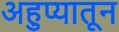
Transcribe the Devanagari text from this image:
अहुप्यातून